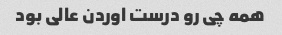
همه چی رو درست اوردن عالی بود